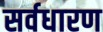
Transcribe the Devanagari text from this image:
सर्वधारण